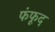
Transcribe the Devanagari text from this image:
फंफूद